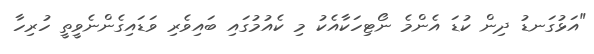
"އަޅުގަނޑު ދިން ކުޑަ އެންމެ ނޯޓިހަކާއެކު މި ކެއުމުގައި ބައިވެރި ވަޑައިގެންނެވީތީ ހުރިހާ